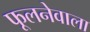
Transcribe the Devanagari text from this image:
फूलनेवाला